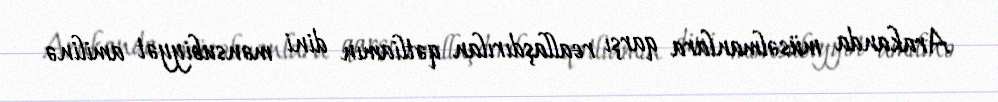
Arakanda müsəlmanlara qarşı reallaşdırılan qətliamın dini mənsubiyyət amilinə